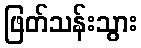
ဖြတ်သန်းသွား